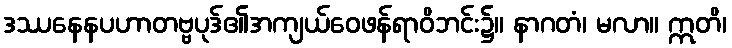
ဒဿနေနပဟာတဗ္ဗပုဒ်၏အကျယ်ဝေဖန်ရာဝိဘင်း၌။ နာဂတံ၊ မလာ။ ဣတိ၊